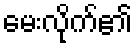
မေးလိုက်၏